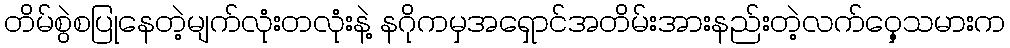
တိမ်စွဲစပြုနေတဲ့မျက်လုံးတလုံးနဲ့ နဂိုကမှအရှောင်အတိမ်းအားနည်းတဲ့လက်ဝှေ့သမားက